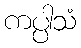
ကပ္ပါသံ